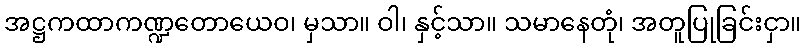
အဋ္ဌကထာကဏ္ဍတောယေဝ၊ မှသာ။ ဝါ၊ နှင့်သာ။ သမာနေတုံ၊ အတူပြုခြင်းငှာ။